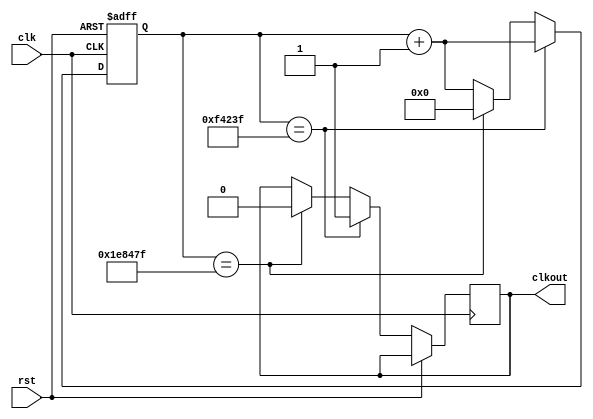
`timescale 1ns / 1ps
//////////////////////////////////////////////////////////////////////////////////
// Company: 
// Engineer: 
// 
// Design Name: 
// Module Name:    clk_div_key_anti 
// Project Name: 
// Target Devices: 
// Tool versions: 
// Description: 
//
// Dependencies: 
//
// Revision: 
// Revision 0.01 - File Created
// Additional Comments: 
//
//////////////////////////////////////////////////////////////////////////////////
module clk_div_key_anticlk_div #(parameter div_num=2000000)(
	input clk,
	input rst,
	output reg clkout
    );
	 reg [31:0] cnt;

	always @( posedge clk or posedge rst)      //50Hz
   begin 
		if (rst)
			cnt <= 0 ;
		else  
		begin  
			cnt<= cnt+1;
         if (cnt == (div_num >> 1) - 1)       //div_num/           
				clkout <= 1'b1;
         else if (cnt == div_num - 1)                    
			begin 
           clkout <= 1'b0;
           cnt <= 1'b0;      
         end
          
      end
    end


endmodule